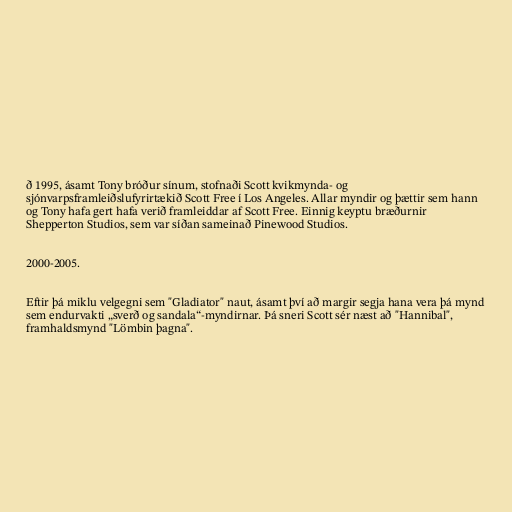
ð 1995, ásamt Tony bróður sínum, stofnaði Scott kvikmynda- og
sjónvarpsframleiðslufyrirtækið Scott Free í Los Angeles. Allar myndir og þættir sem hann
og Tony hafa gert hafa verið framleiddar af Scott Free. Einnig keyptu bræðurnir
Shepperton Studios, sem var síðan sameinað Pinewood Studios.

2000-2005.

Eftir þá miklu velgegni sem "Gladiator" naut, ásamt því að margir segja hana vera þá mynd
sem endurvakti „sverð og sandala“-myndirnar. Þá sneri Scott sér næst að "Hannibal",
framhaldsmynd "Lömbin þagna".